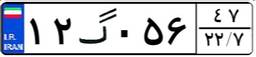
۰۲گ۵۴۰۹۶